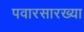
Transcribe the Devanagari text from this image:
पवारसारख्या